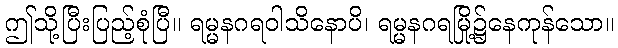
ဤသို့ပြီးပြည့်စုံပြီ။ ရမ္မနဂရဝါသိနောပိ၊ ရမ္မနဂရမြို့၌နေကုန်သော။